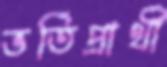
ভর্তিপ্রার্থী